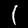
Label: 1